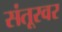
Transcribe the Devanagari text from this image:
संतूरवर